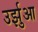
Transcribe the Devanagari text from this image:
उर्झुआ